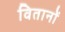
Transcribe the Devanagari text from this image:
वितानों